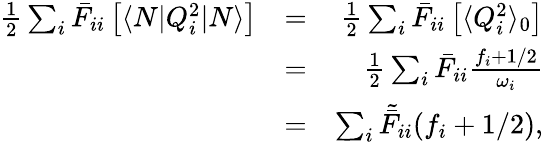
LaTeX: \begin{array}{rlr}{\frac{1}{2}\sum_{i}\bar{F}_{ii}\left[\langle N|Q_{i}^{2}|N\rangle\right]}&{=}&{\frac{1}{2}\sum_{i}\bar{F}_{ii}\left[\langle Q_{i}^{2}\rangle_{0}\right]}\\ &{=}&{\frac{1}{2}\sum_{i}\bar{F}_{ii}\frac{f_{i}+1/2}{\omega_{i}}}\\ &{=}&{\sum_{i}\tilde{\bar{F}}_{ii}{(f_{i}+1/2)},}\end{array}